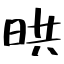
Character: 晎